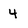
Character: 4